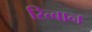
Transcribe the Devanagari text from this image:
रित्बान